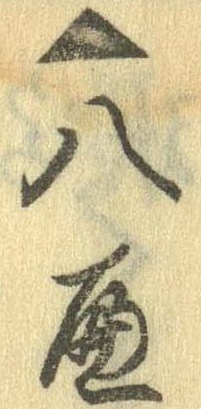
▲八へ